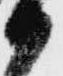
か